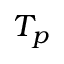
T _ { p }